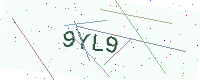
Text: 9YL9